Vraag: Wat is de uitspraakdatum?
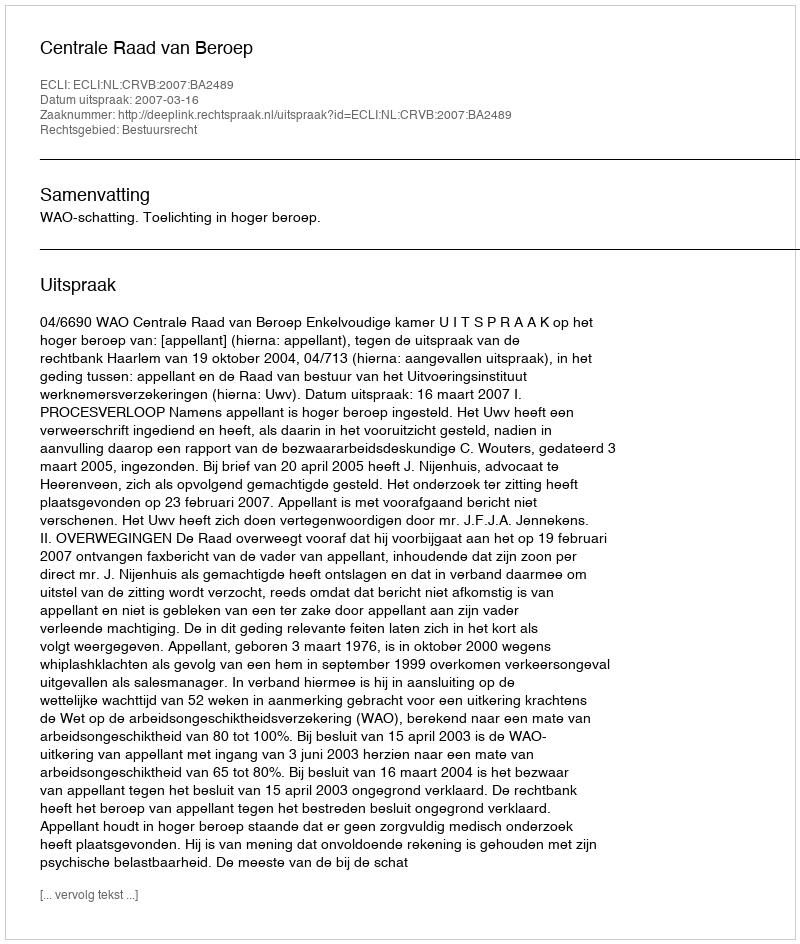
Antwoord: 2007-03-16